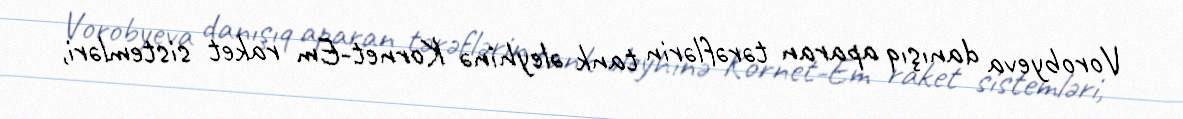
Vorobyeva danışıq aparan tərəflərin tank əleyhinə Kornet-Em raket sistemləri,